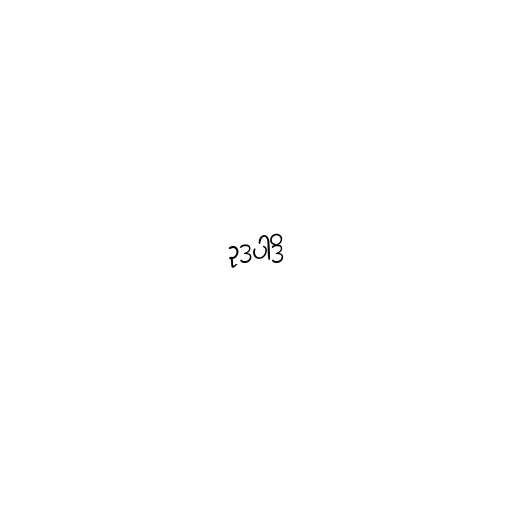
ဥဒပါဒိ